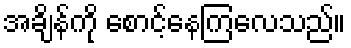
အချိန်ကို စောင့်နေကြလေသည်။